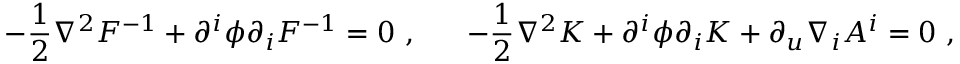
- { \frac { 1 } { 2 } } \nabla ^ { 2 } F ^ { - 1 } + \partial ^ { i } \phi \partial _ { i } F ^ { - 1 } = 0 \ , \ \ \ \ \ - { \frac { 1 } { 2 } } \nabla ^ { 2 } K + \partial ^ { i } \phi \partial _ { i } K + \partial _ { u } \nabla _ { i } { \cal A } ^ { i } = 0 \ ,